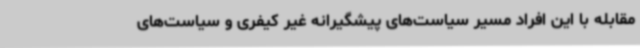
مقابله با این افراد مسیر سیاست‌های پیشگیرانه غیر کیفری و سیاست‌های